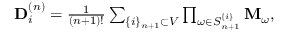
\begin{array} { r } { \mathbf { D } _ { i } ^ { \left( n \right) } = \frac { 1 } { \left( n + 1 \right) ! } \sum _ { \{ i \} _ { n + 1 } \subset V } \prod _ { \omega \in S _ { n + 1 } ^ { \{ i \} } } \mathbf { M } _ { \omega } , } \end{array}